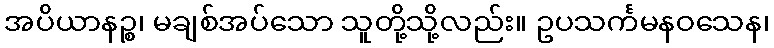
အပိယာနဉ္စ၊ မချစ်အပ်သော သူတို့သို့လည်း။ ဥပသင်္ကမနဝသေန၊